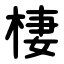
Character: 棲